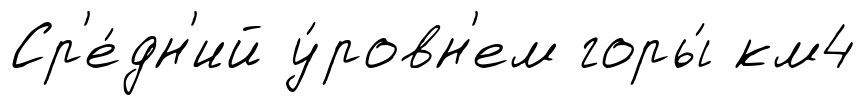
Ср'е́дн'ий у́ровн'ем горы́ км4